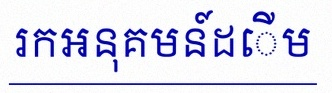
រកអនុគមន៍ដើម